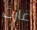
غارث